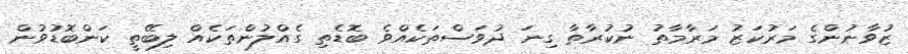
ޒުވާނުންގެ މަރުކަޒު މަރާމާތު ނުކުރާތާ ގިނަ ދުވަސްތަކެއްވެ ބޮޑެތި ގެއްލުންތަކެއް ލިބޭތީ ކަންބޮޑުވުން